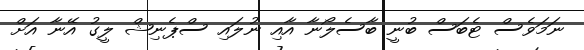
ނަމަވެސް ޓެބަސް ބުނީ ބާސެލޯނާ އާއި ނުލައި ސްޕެނިޝް ލީގު އޭނާ އަށް